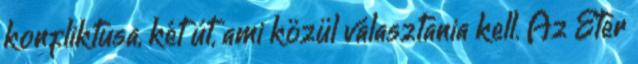
konfliktusa, két út, ami közül választania kell. Az Éter